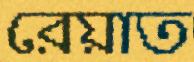
রেয়াত